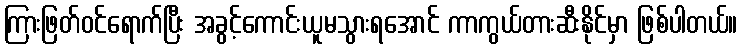
ကြားဖြတ်ဝင်ရောက်ပြီး အခွင့်ကောင်းယူမသွားရအောင် ကာကွယ်တားဆီးနိုင်မှာ ဖြစ်ပါတယ်။